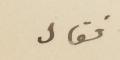
فقال